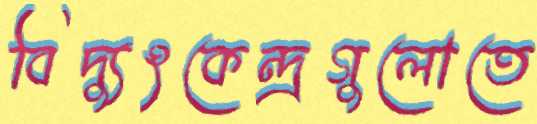
বিদ্যুৎকেন্দ্রগুলোতে